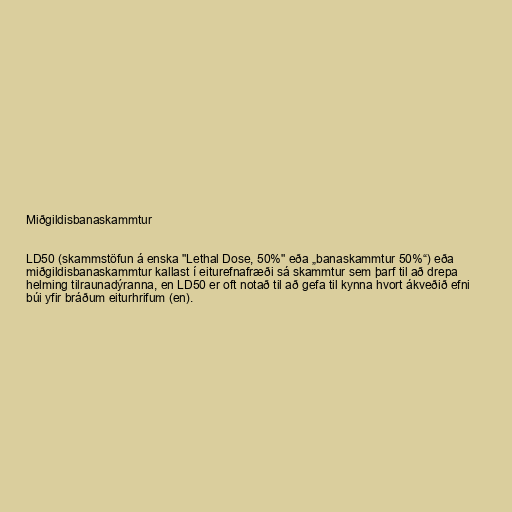
Miðgildisbanaskammtur

LD50 (skammstöfun á enska "Lethal Dose, 50%" eða „banaskammtur 50%“) eða
miðgildisbanaskammtur kallast í eiturefnafræði sá skammtur sem þarf til að drepa
helming tilraunadýranna, en LD50 er oft notað til að gefa til kynna hvort ákveðið efni
búi yfir bráðum eiturhrifum (en).